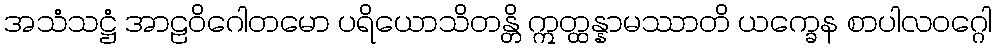
အသံသဋ္ဌံ အာဠဝိဂေါတမော ပရိယောသိတန္တိ ဣတ္ထန္နာမဿာတိ ယက္ခေန စာပါလဝဂ္ဂေါ